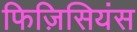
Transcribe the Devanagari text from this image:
फिज़िसियंस